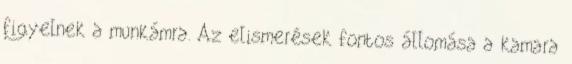
figyelnek a munkámra. Az elismerések fontos állomása a kamara